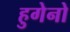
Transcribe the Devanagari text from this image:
हुगेनो